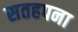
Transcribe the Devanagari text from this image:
सतहपना